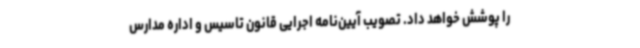
را پوشش خواهد داد. تصویب آیین‌نامه اجرایی قانون تاسیس و اداره مدارس